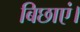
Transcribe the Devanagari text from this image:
बिछाएं।